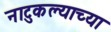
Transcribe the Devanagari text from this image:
नाटुकल्याच्या